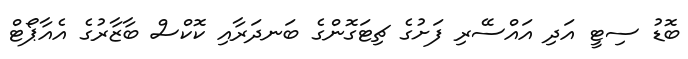
ބޮޑު ސިޓީ އަދި އައްސޭރި ފަށުގެ ޗިޓަގޮންގެ ބަނދަރާއި ކޮކްސް ބާޒާރުގެ އެއާޕޯޓް